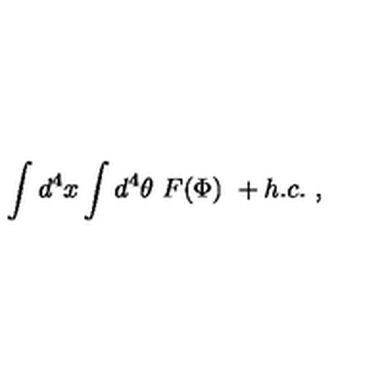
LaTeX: \int d ^ { 4 } x \int d ^ { 4 } \theta \ F ( \Phi ) \ + h . c . \ ,